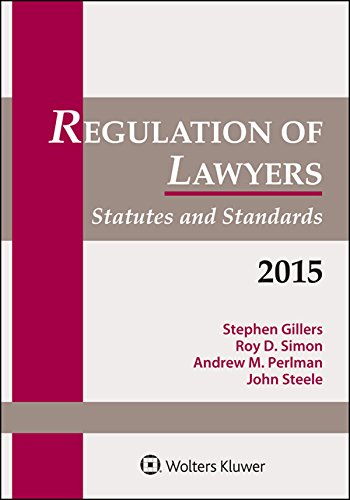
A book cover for Regulation of Lawyers: Statutes & Standards; Stephen Gillers; Law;